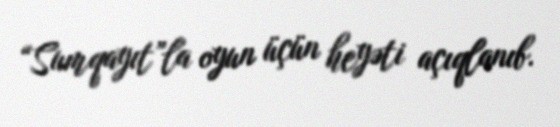
“Sumqayıt”la oyun üçün heyəti açıqlanıb.